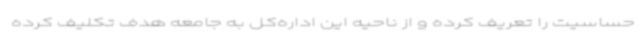
حساسیت را تعریف کرده و از ناحیه این اداره‌کل به جامعه هدف تکلیف کرده